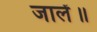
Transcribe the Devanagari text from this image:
जालें॥